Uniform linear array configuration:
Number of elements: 4
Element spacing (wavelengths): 0.75
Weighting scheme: cosine
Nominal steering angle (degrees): -45
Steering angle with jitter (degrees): -46.73
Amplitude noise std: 0.05
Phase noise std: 0.05

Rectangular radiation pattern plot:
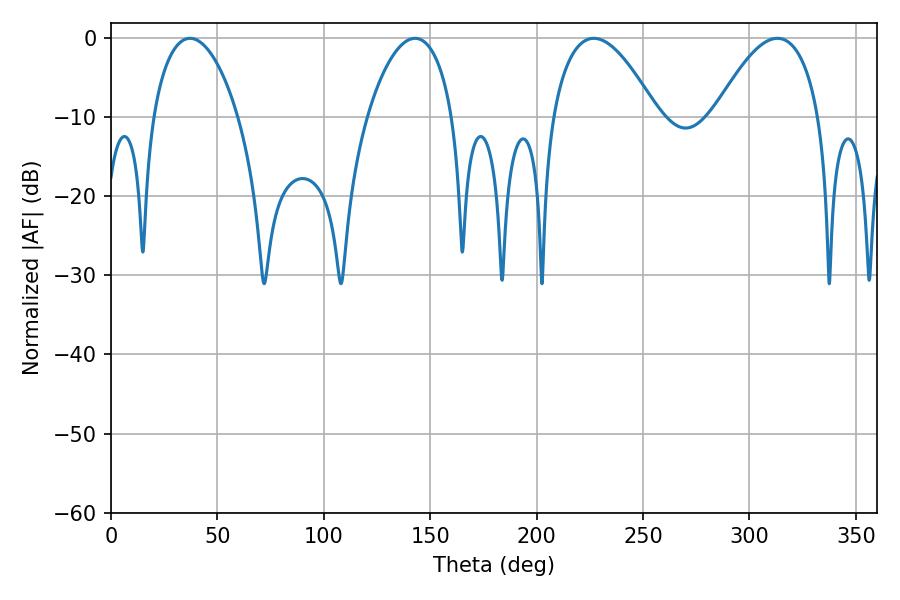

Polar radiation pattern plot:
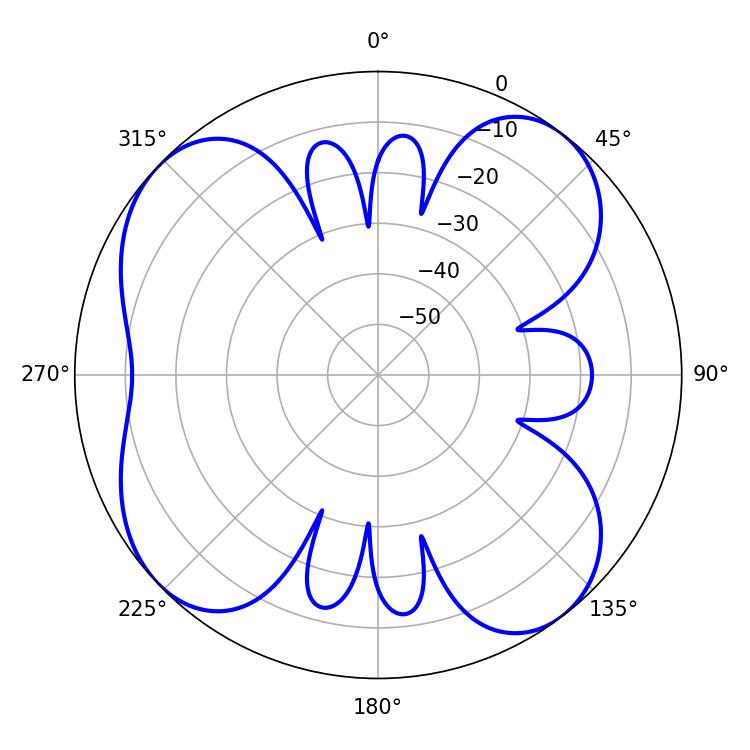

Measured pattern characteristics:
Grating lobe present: TRUE
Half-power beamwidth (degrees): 27.18
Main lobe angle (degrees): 226.8